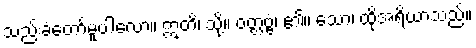
သည်းခံတော်မူပါလော့။ ဣတိ၊ သို့။ ဝတ္တဗ္ဗံ၊ ၏။ သော၊ ထိုအရိယာသည်။